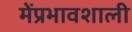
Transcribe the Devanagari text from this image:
मेंप्रभावशाली